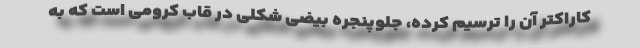
کاراکتر آن را ترسیم کرده، جلوپنجره بیضی شکلی در قاب کرومی است که به